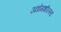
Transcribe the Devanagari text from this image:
उद्योगशीलता